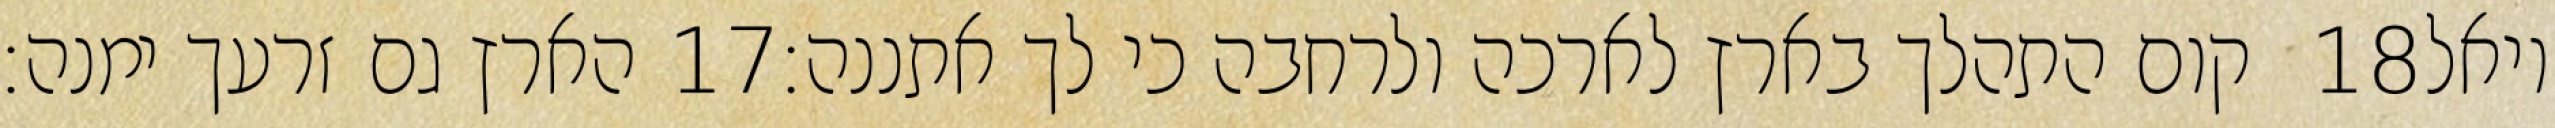
הארץ גם זרעך ימנה׃ ‎17‏ קום התהלך בארץ לארכה ולרחבה כי לך אתננה׃ ‎18‏ ויאל